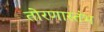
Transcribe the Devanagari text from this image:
तोरणास्तंभ